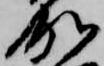
加